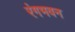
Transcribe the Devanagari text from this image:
रंगभवन